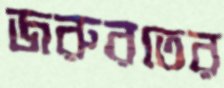
জরুরতের